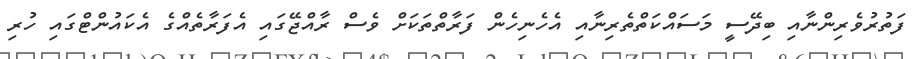
ފަތުރުވެރިންނާއި ބިދޭސީ މަސައްކަތްތެރިނާއި އެހެނިހެން ފަރާތްތަކަށް ވެސް ރާއްޖޭގައި އެފަރާތެއްގެ އެކައުންޓްގައި ހުރި